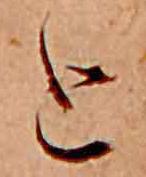
と